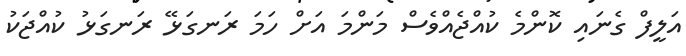
އަލީފް ގެނައި ކޮންމެ ކުއްޖެއްވެސް މަންމަ އަށް ހަމަ ރަނގަޅޭ ރަނގަޅު ކުއްޖަކު